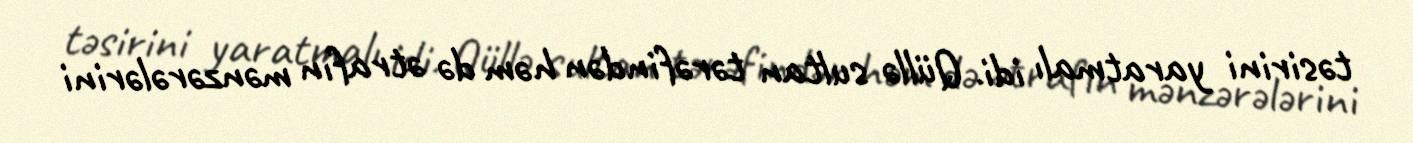
təsirini yaratmalı idi. Qüllə sultan tərəfindən həm də ətrafın mənzərələrini